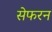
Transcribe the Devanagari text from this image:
सेफरन